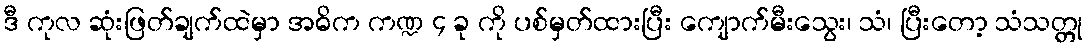
ဒီ ကုလ ဆုံးဖြတ်ချက်ထဲမှာ အဓိက ကဏ္ဍ ၄ ခု ကို ပစ်မှတ်ထားပြီး ကျောက်မီးသွေး၊ သံ၊ ပြီးတော့ သံသတ္တု